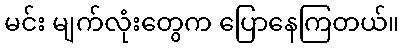
မင်း မျက်လုံးတွေက ပြောနေကြတယ်။